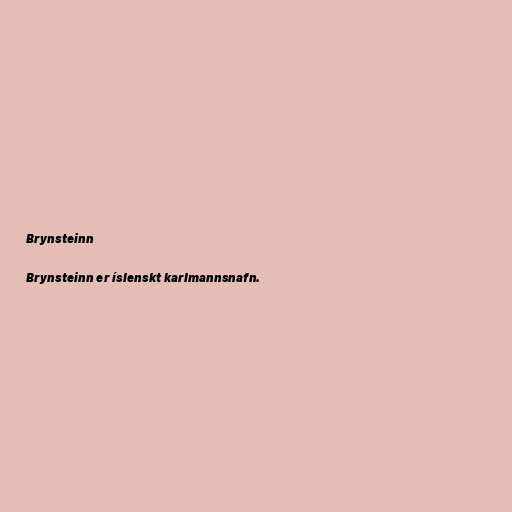
Brynsteinn

Brynsteinn er íslenskt karlmannsnafn.